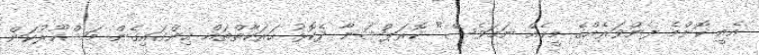
އެއީ ކޮންމެ ފެންވަރެއްގެ މީހެއް ނަމަވެސް" ކޮރަޕްޝަނާ ދެކޮޅު ހަރަކާތްތައް ހިންގައިގެން މަޝްހޫރުކަން